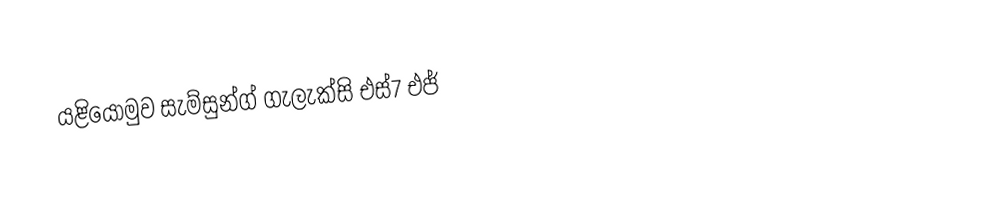
යළියොමුව සැම්සුන්ග් ගැලැක්සි එස්7 එජ්